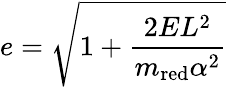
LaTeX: e={\sqrt{1+{\frac{2EL^{2}}{m_{\mathrm{red}}\alpha^{2}}}}}